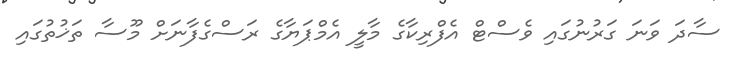
ސާދަ ވަނަ ގަރުނުގައި ވެސްޓް އެފްރިކާގެ މާލީ އެމްޕަޔާގެ ރަސްގެފާނަށް މޫސާ ތަޚުތުގައި